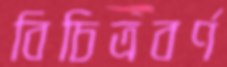
বিচিত্রবর্ণ